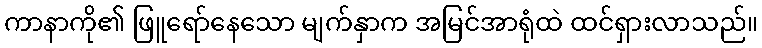
ကာနာကို၏ ဖြူရော်နေသော မျက်နှာက အမြင်အာရုံထဲ ထင်ရှားလာသည်။